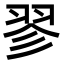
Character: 翏